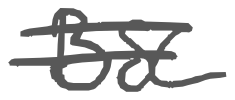
Text: BSC
Cross-out: double-line
Writing tool: digital_gray